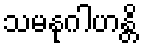
သမနုဂါဟန္တိ